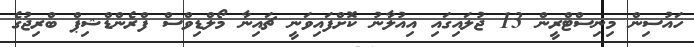
ހައުސިން މިނިސްޓްރީން 13 ޖުލައިގައި އިއުލާނު ކޮށްފައިވަނީ ޗައިނާ މޯލްޑިވްސް ފްރެންޑްޝިޕް ބްރިޖުގެ